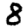
Digit: 8